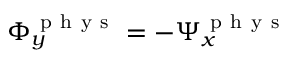
\Phi _ { y } ^ { \mathrm { ~ p ~ h ~ y ~ s ~ } } = - \Psi _ { x } ^ { \mathrm { ~ p ~ h ~ y ~ s ~ } }